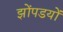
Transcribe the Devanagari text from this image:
झोंपडयों